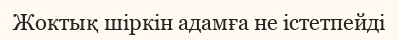
Жоктық шіркін адамға не істетпейді